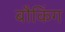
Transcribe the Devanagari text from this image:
बौकिंग